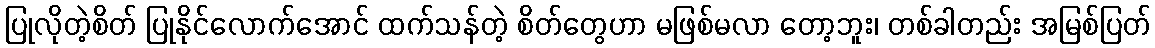
ပြုလိုတဲ့စိတ် ပြုနိုင်လောက်အောင် ထက်သန်တဲ့ စိတ်တွေဟာ မဖြစ်မလာ တော့ဘူး၊ တစ်ခါတည်း အမြစ်ပြတ်